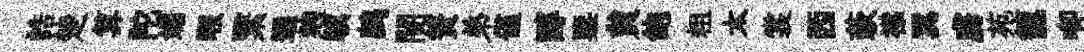
誥楚算陀媚暇繄通麹驥鹧闇簀弟僅醇鑒貟飽粗太裳西蔌襟翼虜苑籠唧